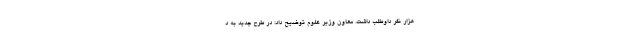
هزار نفر داوطلب داشت. معاون وزیر علوم توضیح داد: در طرح جدید به د